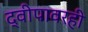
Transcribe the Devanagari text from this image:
द्वीपावरही